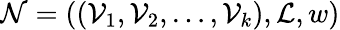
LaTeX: \mathcal{N}=((\mathcal{V}_{1},\mathcal{V}_{2},\ldots,\mathcal{V}_{k}),\mathcal{L},w)